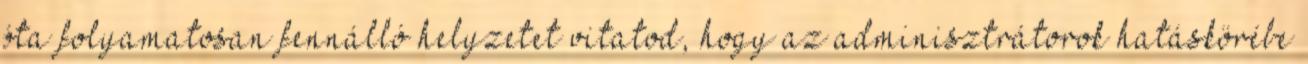
óta folyamatosan fennálló helyzetet vitatod, hogy az adminisztrátorok hatáskörébe